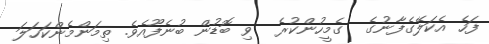
ފަހެ އެކަލޭގެފާނުގެ  ގެމީހުންކުރެ  ވި ބޮޑުން ބުނެފޫއެވެ. ތިމަންމެންކަހަލަ